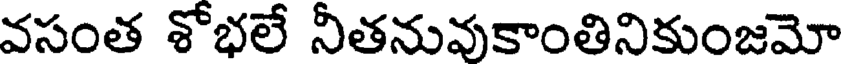
వసంత శోభలే నీతనువుకాంతినికుంజమో